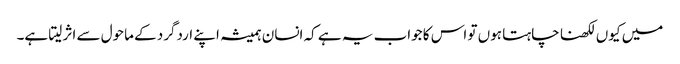
میں کیوں لکھنا چاہتا ہوں تو اس کا جواب یہ ہے کہ انسان ہمیشہ اپنے اردگرد کے ماحول سے اثر لیتا ہے۔